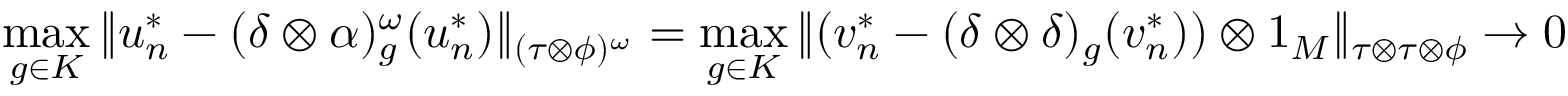
\displaystyle \operatorname* { m a x } _ { g \in K } \| u _ { n } ^ { * } - ( \delta \otimes \alpha ) _ { g } ^ { \omega } ( u _ { n } ^ { * } ) \| _ { ( \tau \otimes \phi ) ^ { \omega } } = \operatorname* { m a x } _ { g \in K } \| ( v _ { n } ^ { * } - ( \delta \otimes \delta ) _ { g } ( v _ { n } ^ { * } ) ) \otimes 1 _ { M } \| _ { \tau \otimes \tau \otimes \phi } \to 0